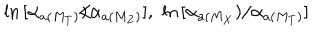
\ln \, [ \alpha _ { a ( M _ { T } ) } / \alpha _ { a ( M _ { Z } ) } ] , \, \, \ln \, [ \alpha _ { a ( M _ { X } } ) / \alpha _ { a ( M _ { T } ) } ]